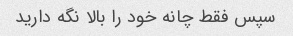
سپس فقط چانه خود را بالا نگه دارید